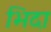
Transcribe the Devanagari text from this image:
भिदा